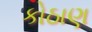
કોઠાણ